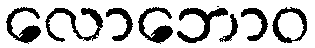
လောဘောဝ